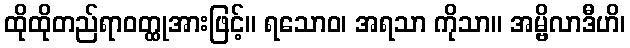
ထိုထိုတည်ရာဝတ္ထုအားဖြင့်။ ရသောဝ၊ အရသာ ကိုသာ။ အမ္ဗိလာဒီဟိ၊